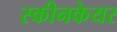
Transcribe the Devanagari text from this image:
स्कीनकेयर